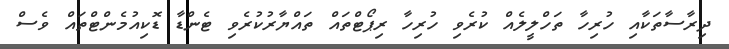
ދިރާސާތަކާއި ހުރިހާ ތަހްލީލެއް ކުރެވި ހުރިހާ ރިޕޯޓްތައް ތައްޔާރުކުރެވި ޓެންޑާ ޑޮކިއުމެންޓްތައް ވެސް